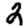
Digit: 2